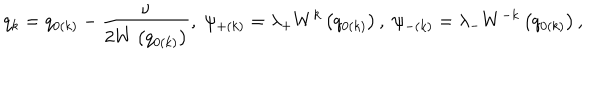
q _ { k } = q _ { 0 \left( k \right) } - \frac \nu { 2 W \left( q _ { 0 \left( k \right) } \right) } , \; \psi _ { + \left( k \right) } = \lambda _ { + } W ^ { k } \left( q _ { 0 \left( k \right) } \right) , \; \psi _ { - \left( k \right) } = \lambda _ { - } W ^ { - k } \left( q _ { 0 \left( k \right) } \right) ,